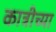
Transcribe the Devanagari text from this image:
कात्रीच्या